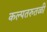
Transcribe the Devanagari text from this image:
कल्पतरुतळीं